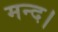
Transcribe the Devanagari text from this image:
मन्द।